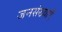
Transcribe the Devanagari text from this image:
जनसंख्याएँ